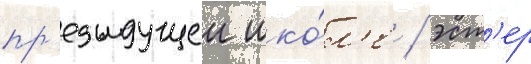
пр'едыдущеи шко́л'е / эст'ер